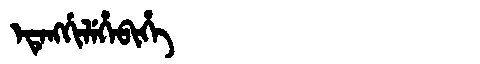
Manchu: ᡝᡨᡝᠩᡤᡳᠯᡝᡥᡝᠪᡳᡥᡝ
Romanization: ETENGGILEHEBIHE